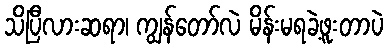
သိပြီလားဆရာ၊ ကျွန်တော်လဲ မိန်းမရခဲ့ဖူးတာပဲ